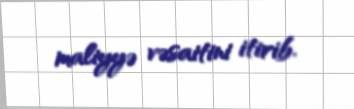
maliyyə vəsaitini itirib.